38_143685_box7_Incident_Summaries_1-100
Agency: Department of War
Page 20
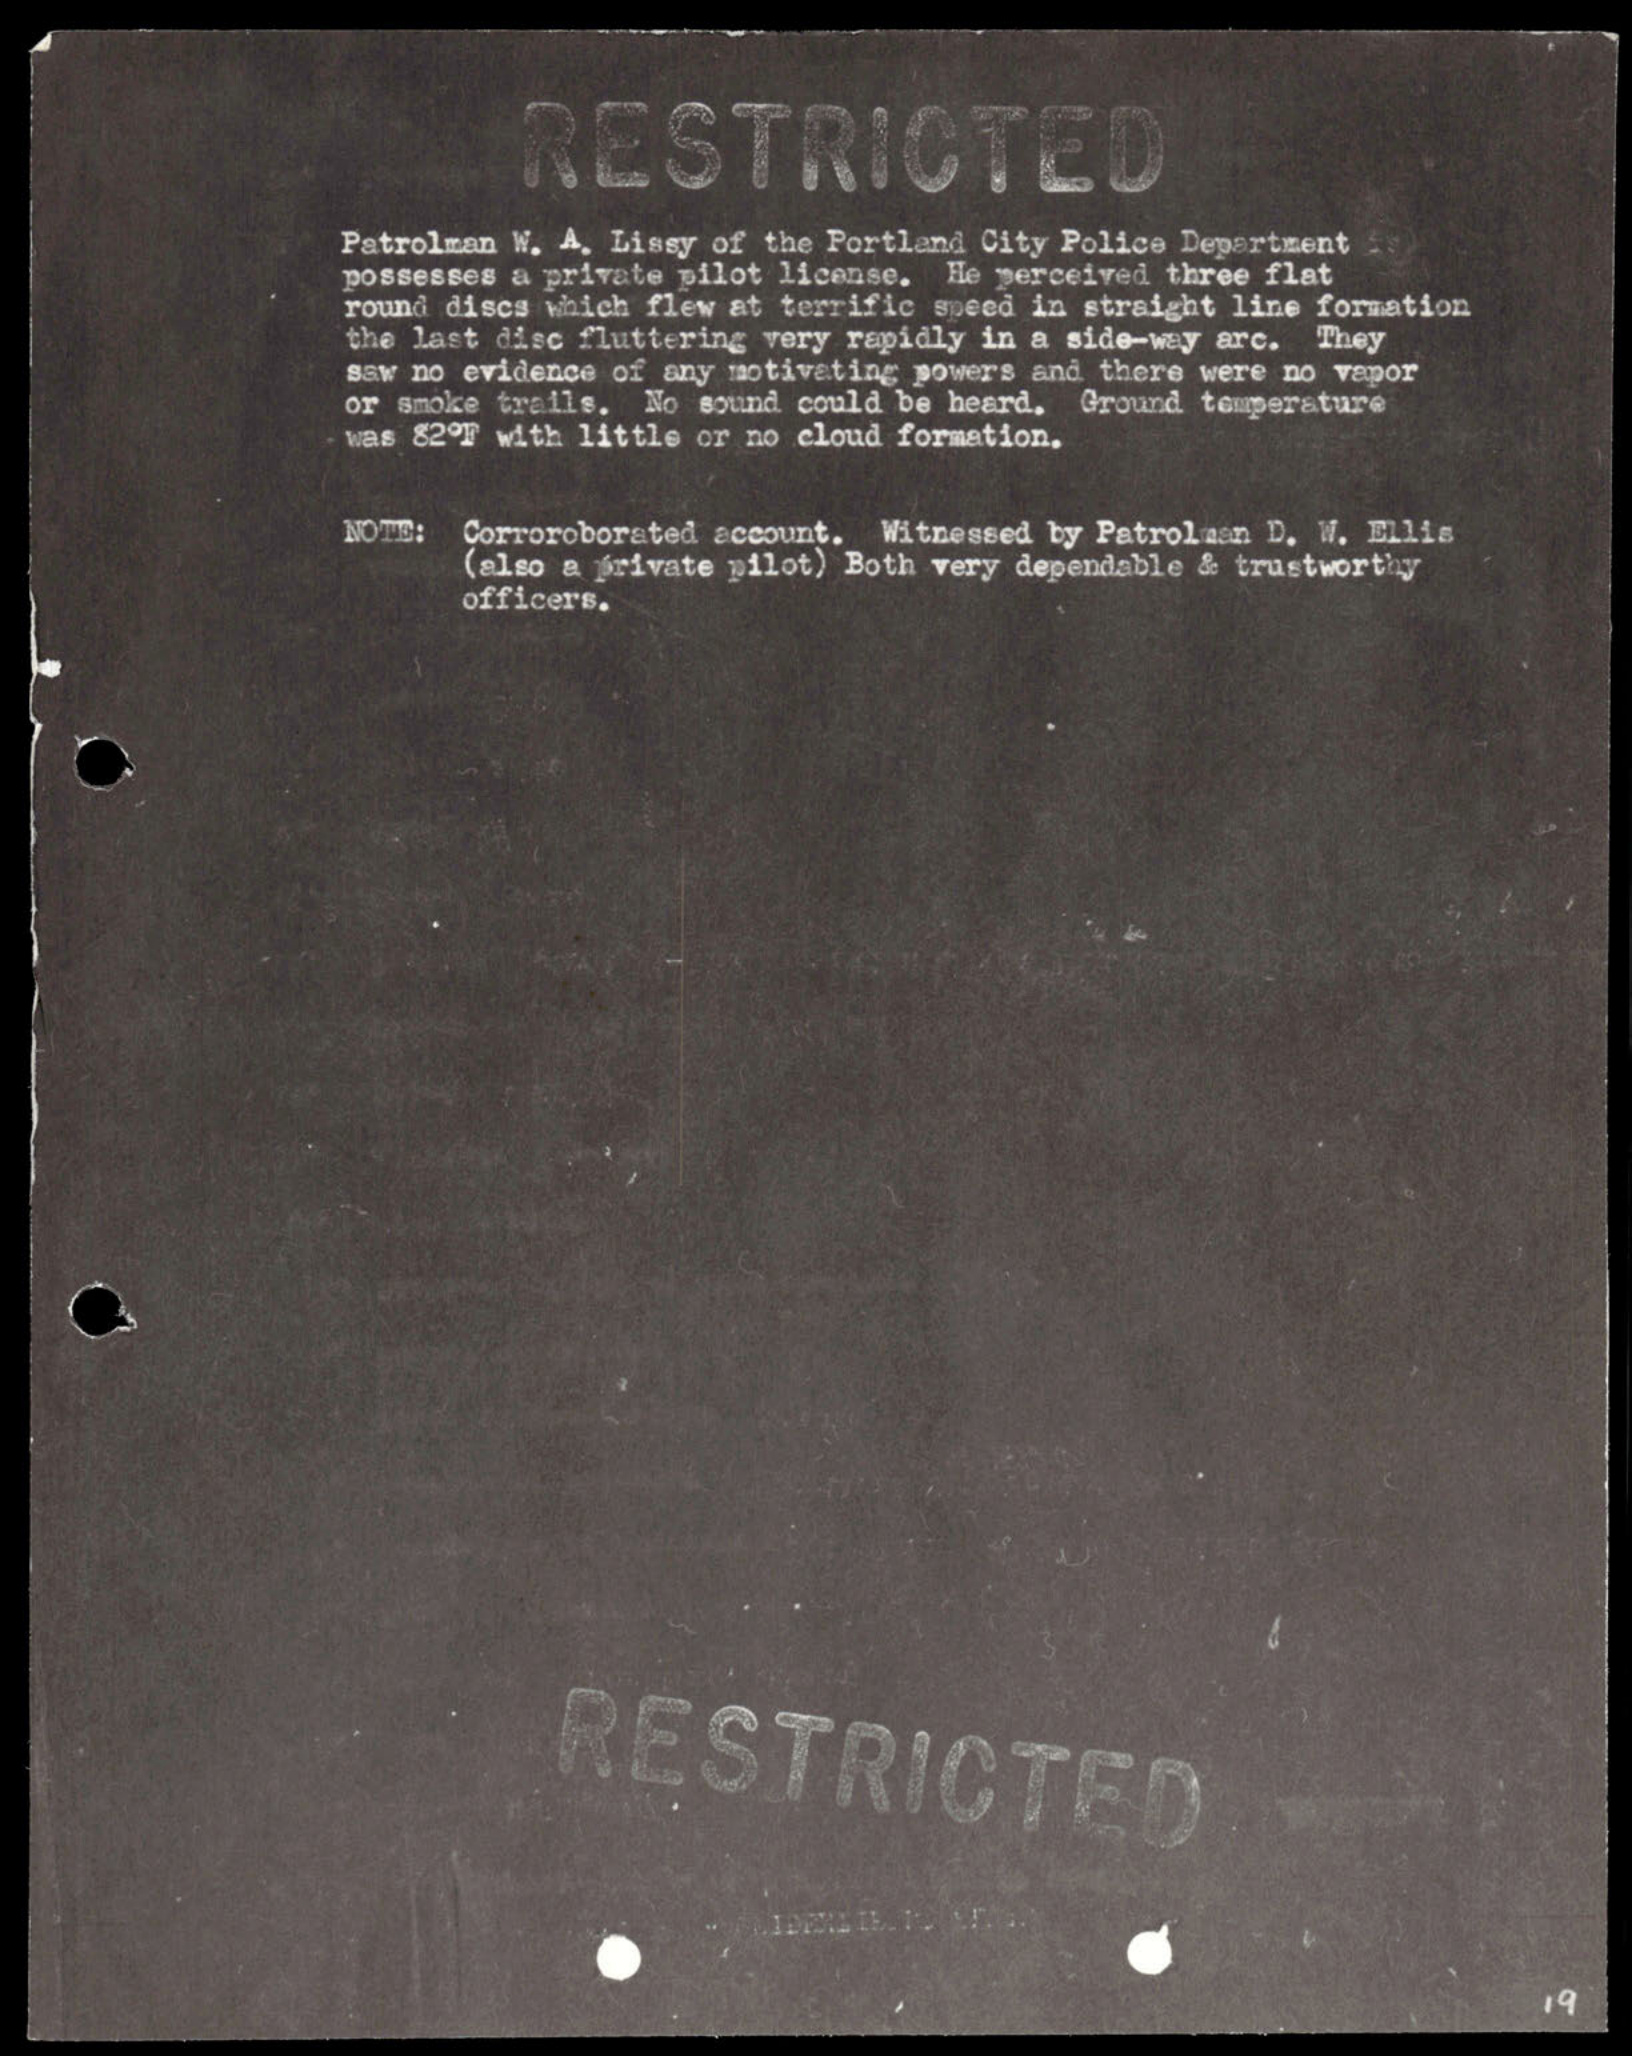